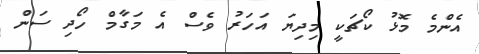
އެންމެ މޮޅު ކޯޗަކީ މިދިޔަ އަހަރު ވެސް އެ މަގާމް ހޯދި ސަން